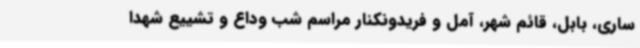
ساری، بابل، قائم شهر، آمل و فریدونکنار مراسم شب وداع و تشییع شهدا